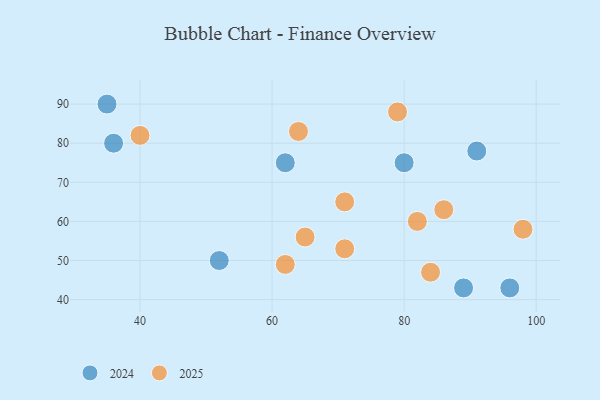
{"axis": {"x": "GDP", "y": "Life Expectancy"}, "legend": ["2024", "2025"], "data": [{"x": "64", "y": 83, "type": "2025"}, {"x": "71", "y": 65, "type": "2025"}, {"x": "98", "y": 58, "type": "2025"}, {"x": "82", "y": 60, "type": "2025"}, {"x": "84", "y": 47, "type": "2025"}, {"x": "65", "y": 56, "type": "2025"}, {"x": "86", "y": 63, "type": "2025"}, {"x": "40", "y": 82, "type": "2025"}, {"x": "62", "y": 49, "type": "2025"}, {"x": "71", "y": 53, "type": "2025"}, {"x": "79", "y": 88, "type": "2025"}, {"x": "35", "y": 90, "type": "2024"}, {"x": "36", "y": 80, "type": "2024"}, {"x": "62", "y": 75, "type": "2024"}, {"x": "91", "y": 78, "type": "2024"}, {"x": "89", "y": 43, "type": "2024"}, {"x": "80", "y": 75, "type": "2024"}, {"x": "52", "y": 50, "type": "2024"}, {"x": "96", "y": 43, "type": "2024"}]}